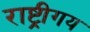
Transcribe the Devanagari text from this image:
राष्ट्रीगय